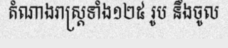
តំណាងរាស្ត្រទាំង១២៥ រូប នឹងចូល